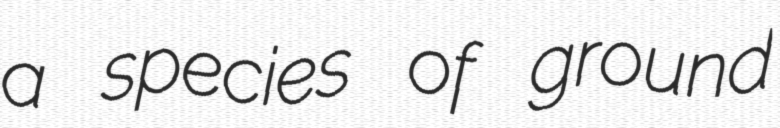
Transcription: a species of ground